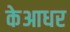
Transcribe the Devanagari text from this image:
केआधर